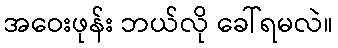
အဝေးဖုန်း ဘယ်လို ခေါ်ရမလဲ။